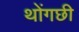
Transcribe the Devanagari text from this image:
थोंगछी